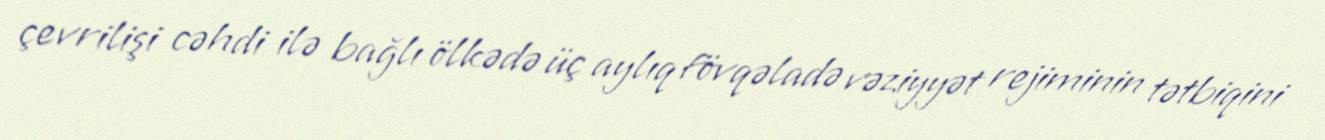
çevrilişi cəhdi ilə bağlı ölkədə üç aylıq fövqəladə vəziyyət rejiminin tətbiqini